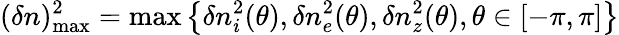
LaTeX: (\delta n)_{\mathrm{max}}^{2}=\mathrm{max}\left\{ \delta n_{i}^{2}(\theta),\delta n_{e}^{2}(\theta),\delta n_{z}^{2}(\theta),\theta\in[-\pi,\pi]\right\}